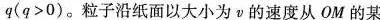
q($$q > 0$$)。粒子沿纸面以大小为v的速度从OM的某